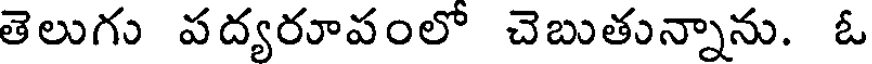
తెలుగు పద్యరూపంలో చెబుతున్నాను. ఓ